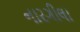
નારગીલા